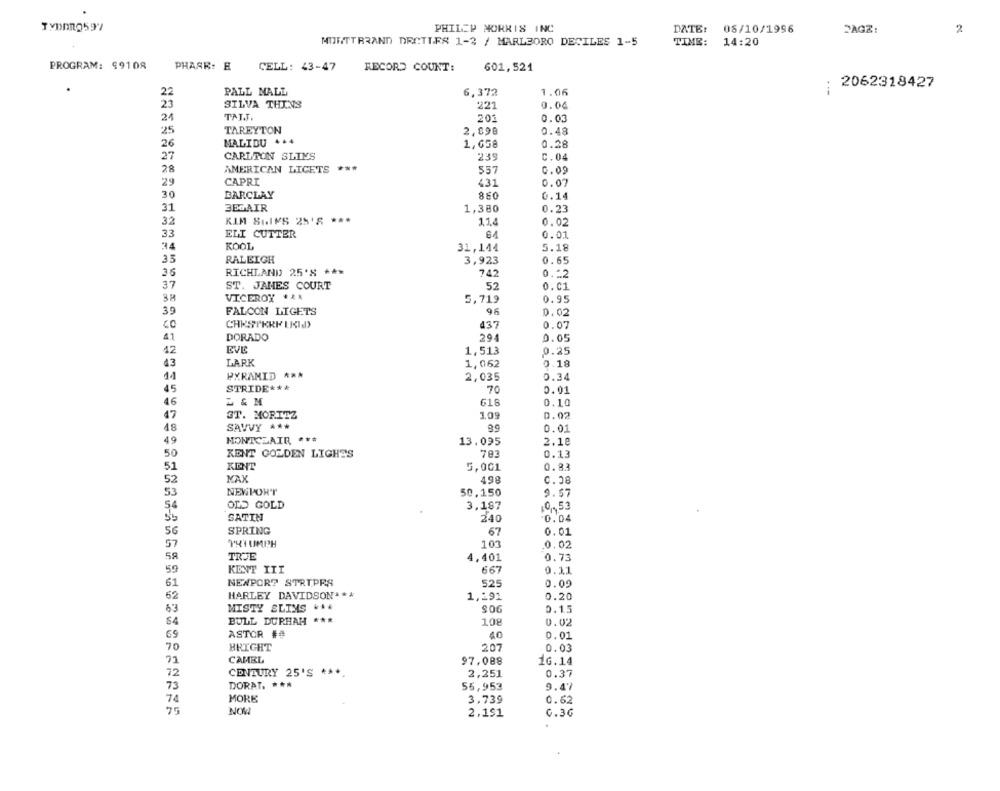
PHILIP MORRIS INC
DATE:
05/10/1996
2AGZ:
2
14:20
MURITTBRAND DECTIFS 1-2 / MARLBORO DECILES 1-5
TIME:
PROGRAM: 99108
PHASE: H
CELL: 43-47
RECORD COUNT:
601,521
: 2062318427
22
PALL MALL
6,372
1.06
23
SILVA THINS
221
0.04
24
TATJ.
201
0.03
25
TAREYTON
2,098
0.48
MALIDU ++4
26
1,658
0.28
27
CARLTON SLIMS
239
C.04
28
AMERICAN LICETS ***
557
0.09
29
CAPRI
431
0.07
30
BARCLAY
860
0.14
31
35GAIR
1,380
0.23
32
KIM SHIPS 25'S ***
1.1.4
0.02
33
ELI CUTTER
64
0.01
KOOL
31,144
5.18
35
RALEIGH
3,923
0.65
RICHLAND 25'S ***
742
0.12
37
ST. JAMES COURT
52
0.01
3P
VICEROY ***
5,719
0.95
39
FALCON LIGETS
95
0.02
CHESTKRE LKIN
437
0.07
41
DORADO
294
0.05
EVE
42
1,513
0.25
43
LARK
1,062
0.18
11
PYRAMID A **
2,035
0.34
45
STRIDE ***
70
0.01
46
L& M
618
0.10
17
ST. MORITZ
109
0.02
18
SAVVY A **
89
0.01
49
MONTCLAIR ***
13.095
2.18
50
KENT GOLDEN LIGHTS
783
0.13
51
KENT
5,001
0.83
52
MAX
498
0.08
NEWPORT
53
50,150
9.57
54
OLD GOLD
3,187
10,53
SATIN
240
0.04
56
SPRING
67
0.01
57
THY UMPH
103
0.02
5я
TRUE
4,401
0.73
59
KENT III
667
0.11
61
NEWPORT STRIPRS
525
0.09
62
HARLEY DAVIDSON ***
1,291
0.20
63
MISTY SLIMS ***
$06
0.15
BULL DURHAM ***
108
0.02
65
ASTOR ##
40
0.01
70
BRIGHT
207
0.03
21
CAMEL
97.088
1G.14
72
CENTURY 25'S ***
2,251
0.37
73
DORAT. ***
55,953
9.47
74
MORE
3,739
0.62
75
2,191
G.36